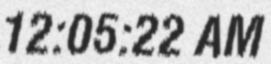
12:05:22 AM